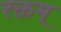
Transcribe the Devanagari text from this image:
रक्तम्